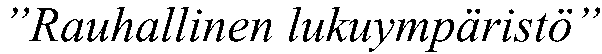
”Rauhallinen lukuympäristö”